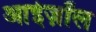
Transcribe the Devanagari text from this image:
आईज़ॉल